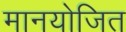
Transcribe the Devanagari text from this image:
मानयोजित